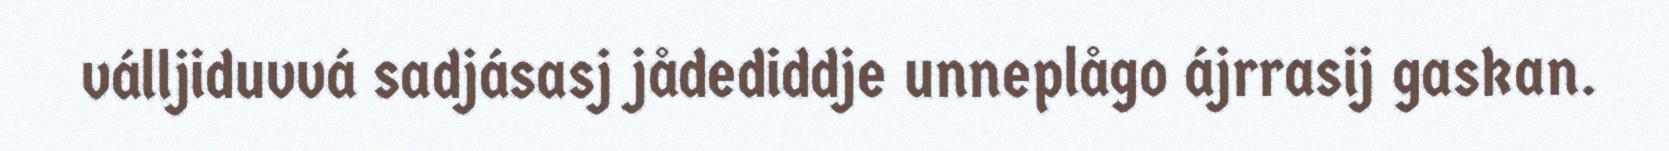
válljiduvvá sadjásasj jådediddje unneplågo ájrrasij gaskan.